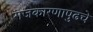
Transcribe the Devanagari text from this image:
राजकारणापुढचे